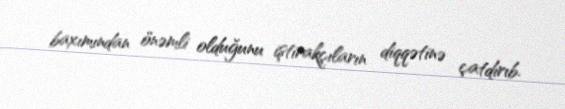
baxımından önəmli olduğunu iştirakçıların diqqətinə çatdırıb.